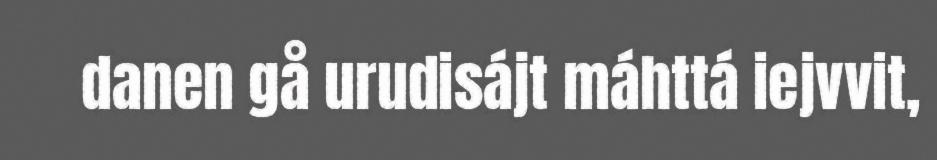
danen gå urudisájt máhttá iejvvit,